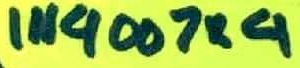
Text: IN4007×4